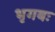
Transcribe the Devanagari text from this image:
भृगबः